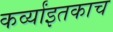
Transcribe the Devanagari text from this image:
कर्व्यांइतकाच